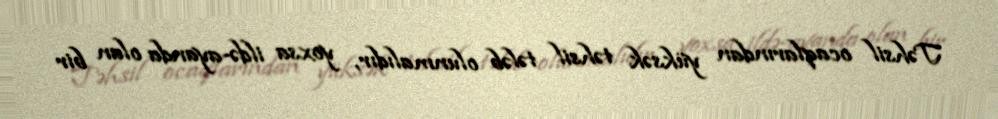
Təhsil ocaqlarından yüksək təhsil tələb olunmalıdır, yoxsa ildə-ayanda olan bir